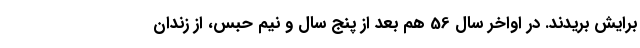
برایش بریدند. در اواخر سال 56 هم بعد از پنج سال و نیم حبس، از زندان